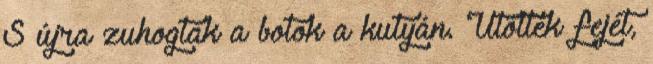
S újra zuhogtak a botok a kutyán. Ütötték fejét,